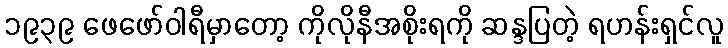
၁၉၃၉ ဖေဖော်ဝါရီမှာတော့ ကိုလိုနီအစိုးရကို ဆန္ဒပြတဲ့ ရဟန်းရှင်လူ